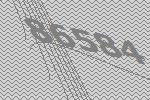
86584